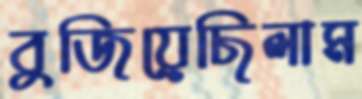
বুজিয়েছিলাম